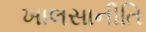
ખાલસાનીતિ